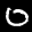
Label: 0